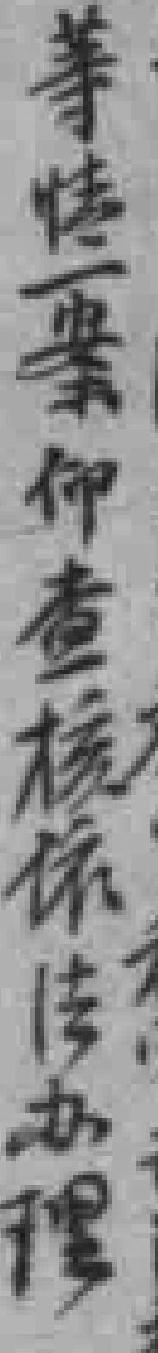
等情一案仰查核依法办理